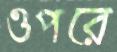
ওপরে